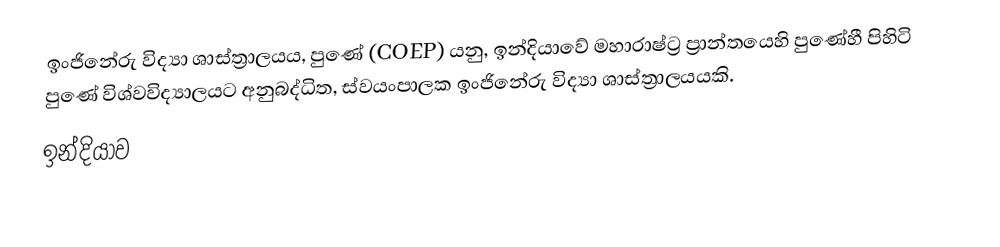
ඉංජිනේරු විද්‍යා ශාස්ත්‍රාලයය, පුණේ (COEP) යනු, ඉන්දියාවේ මහාරාෂ්ට්‍ර ප්‍රාන්තයෙහි පුණේහී පිහිටි   පුණේ විශ්වවිද්‍යාලයට අනුබද්ධිත, ස්වයංපාලක  ඉංජිනේරු විද්‍යා ශාස්ත්‍රාලයයකි.
ඉන්දියාව